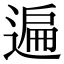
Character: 遍